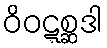
ဝိဝဋ္ဋစ္ဆဒါ